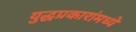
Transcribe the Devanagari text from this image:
युद्धप्रकारांमध्ये